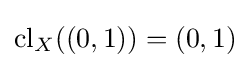
\operatorname {cl} _{X}((0,1))=(0,1)